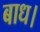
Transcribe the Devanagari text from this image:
बाध।